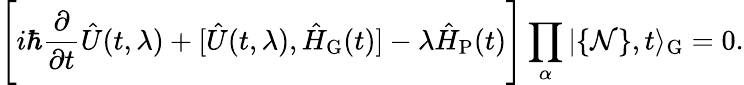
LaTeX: \Biggl[i\hbar\frac{\partial}{\partial t}\hat{U}(t,\lambda)+[\hat{U}(t,\lambda),\hat{H}_{\mathrm{G}}(t)]-\lambda\hat{H}_{\mathrm{P}}(t)\Biggr]\prod_{\alpha}\vert\{ {\cal N}\} ,t\rangle_{\mathrm{G}}=0.